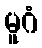
မူဂံ